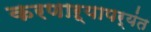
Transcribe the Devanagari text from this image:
करणाऱ्यापर्यंत